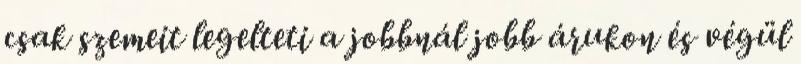
csak szemeit legelteti a jobbnál jobb árukon és végül